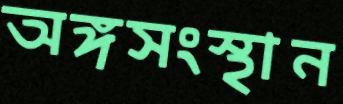
অঙ্গসংস্থান